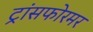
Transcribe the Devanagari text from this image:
ट्रांसफोरमर